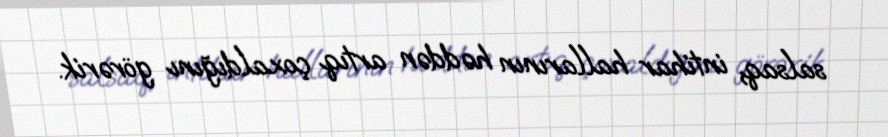
salsaq, intihar hallarının həddən artıq çoxaldığını görərik.